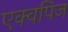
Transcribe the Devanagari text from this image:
एक्वपिज